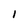
Character: I